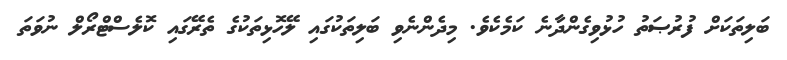
ބަލިތަކަށް ފުރުޞަތު ހުޅުވިގެންދާނެ ކަމެކެވެ. މިދެންނެވި ބަލިތަކުގައި ލޭހޮޅިތަކުގެ ތެރޭގައި ކޮލެސްޓްރޯލް ނުވަތަ